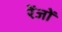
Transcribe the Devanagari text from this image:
रेंजों